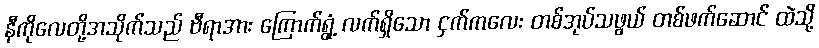
နီကိုလေတို့အသိုက်သည် ဗီရာအား ကြောက်ရွံ့ လက်ရှိသော ငှက်ကလေး တစ်အုပ်သဖွယ် တစ်ဖက်ဆောင် ထဲသို့